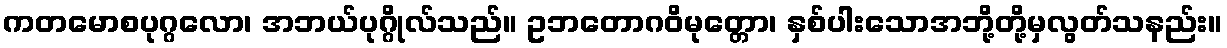
ကတမောစပုဂ္ဂလော၊ အဘယ်ပုဂ္ဂိုလ်သည်။ ဥဘတောဂဝိမုတ္တော၊ နှစ်ပါးသောအဘို့တို့မှလွတ်သနည်း။